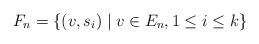
LaTeX: \begin{align*}F_{n}=\left\{ (v,s_{i})\mid v\in E_{n},1\leq i\leq k\right\} \end{align*}